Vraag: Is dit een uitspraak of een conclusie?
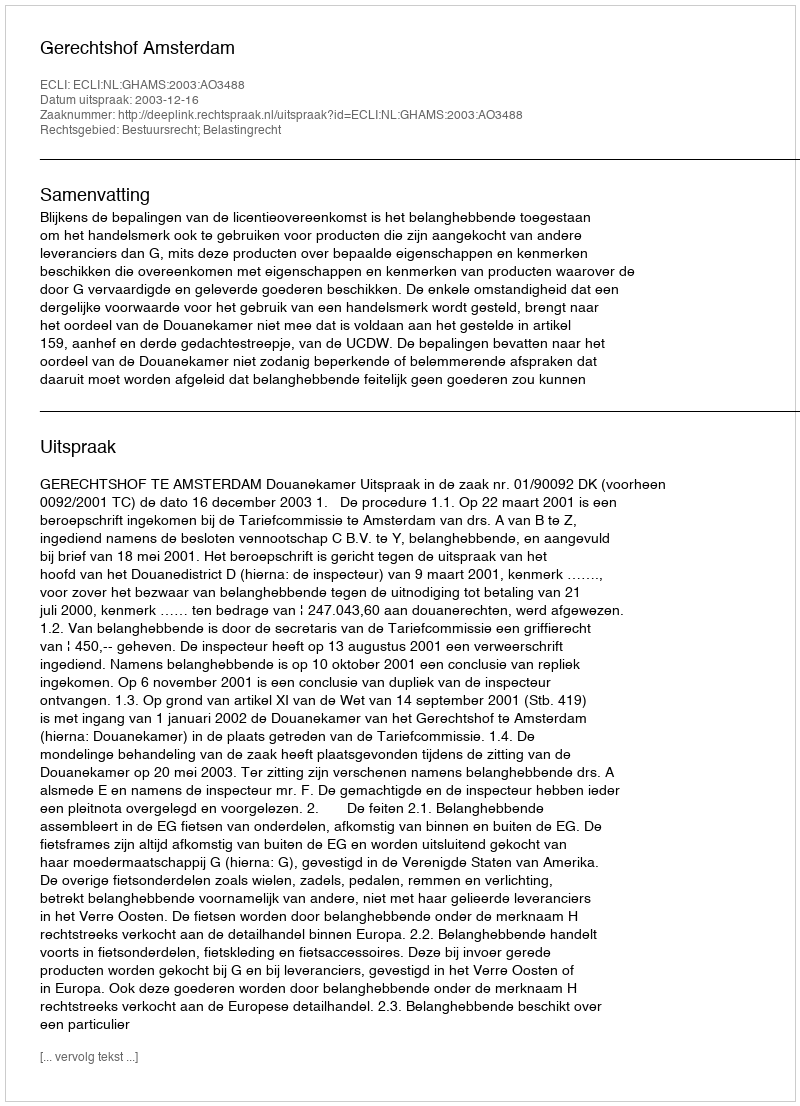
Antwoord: Uitspraak